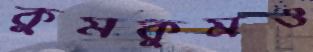
কুমকুমও